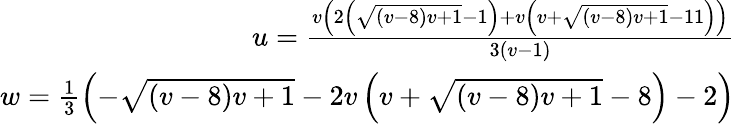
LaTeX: \begin{array}{r}{u=\frac{v\left(2\left(\sqrt{(v-8)v+1}-1\right)+v\left(v+\sqrt{(v-8)v+1}-11\right)\right)}{3(v-1)}}\\ {w=\frac{1}{3}\left(-\sqrt{(v-8)v+1}-2v\left(v+\sqrt{(v-8)v+1}-8\right)-2\right)}\end{array}